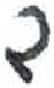
אות: ד